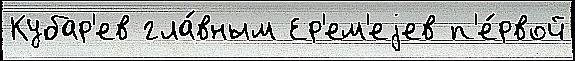
Кубар'ев гла́вным Ер'ем'еjев п'е́рвой